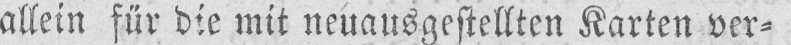
allein für die mit neuausgestellten Karten ver⸗